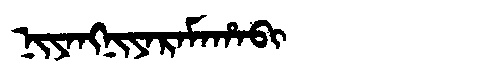
Manchu: ᠨᡳᠶᠠᠩᠨᡳᠶᠠᡵᠠᠮᠠᡥᠠᠪᡳ
Romanization: NIYANGNIYARAMAHABI